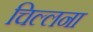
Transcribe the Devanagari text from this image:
चिल्लना